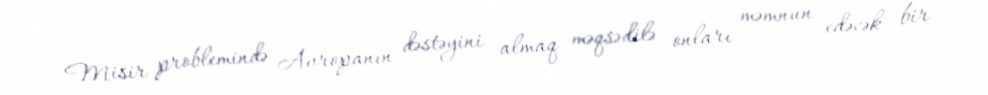
Misir problemində Avropanın dəstəyini almaq məqsədilə onları məmnun edəcək bir